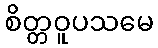
စိတ္တဝူပသမေ